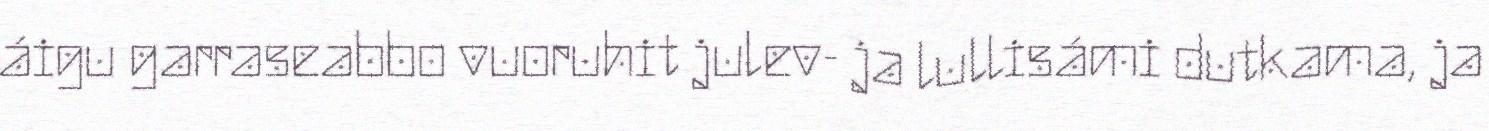
áigu garraseabbo vuoruhit julev- ja lullisámi dutkama, ja